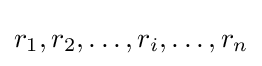
r_{1},r_{2},\ldots ,r_{i},\ldots ,r_{n}